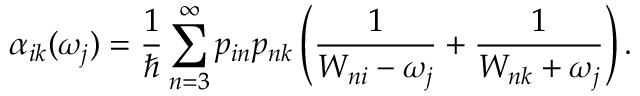
\alpha _ { i k } ( \omega _ { j } ) = \frac { 1 } { \hbar } \sum _ { n = 3 } ^ { \infty } p _ { i n } p _ { n k } \left( \frac { 1 } { W _ { n i } - \omega _ { j } } + \frac { 1 } { W _ { n k } + \omega _ { j } } \right) .